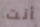
أنت